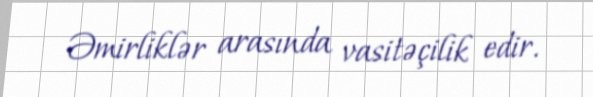
Əmirliklər arasında vasitəçilik edir.